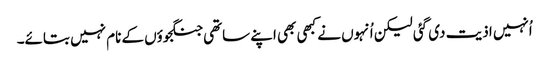
اُنہیں اذیت دی گئی لیکن اُنہوں نے کبھی بھی اپنے ساتھی جنگجوؤں کے نام نہیں بتائے۔